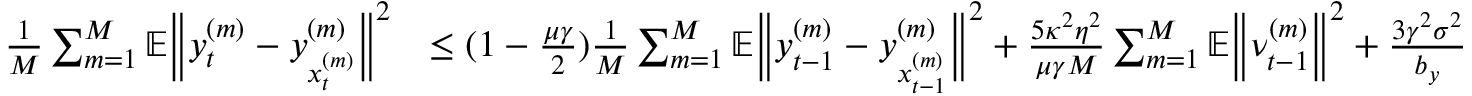
\begin{array} { r l } { \frac { 1 } { M } \sum _ { m = 1 } ^ { M } \mathbb { E } \bigg \| y _ { t } ^ { ( m ) } - y _ { x _ { t } ^ { ( m ) } } ^ { ( m ) } \bigg \| ^ { 2 } } & { \leq ( 1 - \frac { \mu \gamma } { 2 } ) \frac { 1 } { M } \sum _ { m = 1 } ^ { M } \mathbb { E } \bigg \| y _ { t - 1 } ^ { ( m ) } - y _ { x _ { t - 1 } ^ { ( m ) } } ^ { ( m ) } \bigg \| ^ { 2 } + \frac { 5 \kappa ^ { 2 } \eta ^ { 2 } } { \mu \gamma M } \sum _ { m = 1 } ^ { M } \mathbb { E } \bigg \| \nu _ { t - 1 } ^ { ( m ) } \bigg \| ^ { 2 } + \frac { 3 \gamma ^ { 2 } \sigma ^ { 2 } } { b _ { y } } } \end{array}